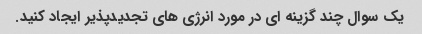
یک سوال چند گزینه ای در مورد انرژی های تجدیدپذیر ایجاد کنید.